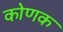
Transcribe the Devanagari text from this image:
कोणक